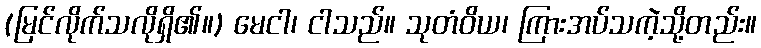
(မြင်လိုက်သလိုရှိ၏။) မေငါ၊ ငါသည်။ သုတံဝိယ၊ ကြားအပ်သကဲ့သို့တည်း။